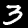
Label: 3